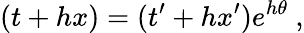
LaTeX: (t+hx)=(t^{\prime}+hx^{\prime})e^{h\theta}~,